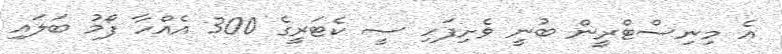
އެ މިނިސްޓްރީން ބުނީ ވެށިފަހި ސީ ކެޓަރީގެ 300 އެއްހާ ފޯމު ބަލައި